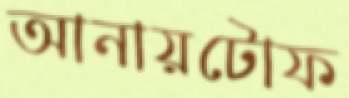
আনায়টোফ